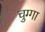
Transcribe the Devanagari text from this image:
चुग्गा